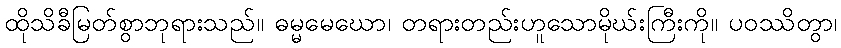
ထိုသိခီမြတ်စွာဘုရားသည်။ ဓမ္မမေဃော၊ တရားတည်းဟူသောမိုဃ်းကြီးကို။ ပဝဿိတွာ၊